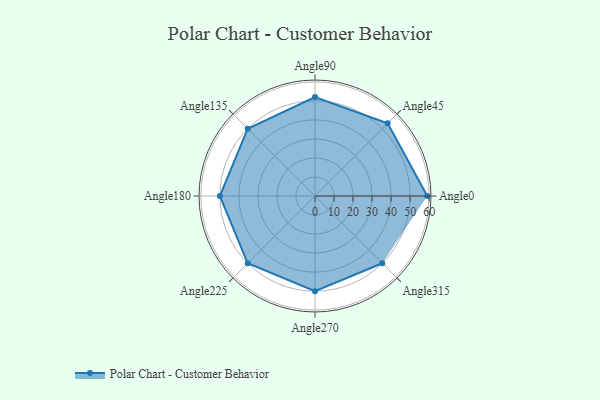
{"axis": {"x": "Angle", "y": "Radius"}, "legend": [""], "data": [{"x": "Angle0", "y": 59.0, "type": ""}, {"x": "Angle45", "y": 54.0, "type": ""}, {"x": "Angle90", "y": 52.0, "type": ""}, {"x": "Angle135", "y": 50, "type": ""}, {"x": "Angle180", "y": 50, "type": ""}, {"x": "Angle225", "y": 50, "type": ""}, {"x": "Angle270", "y": 50, "type": ""}, {"x": "Angle315", "y": 50, "type": ""}]}